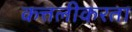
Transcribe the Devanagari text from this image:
कत्तलीकरता